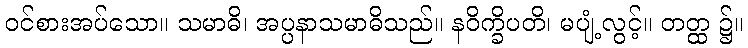
ဝင်စားအပ်သော။ သမာဓိ၊ အပ္ပနာသမာဓိသည်။ နဝိက္ခိပတိ၊ မပျံ့လွင့်။ တတ္ထ ၌။